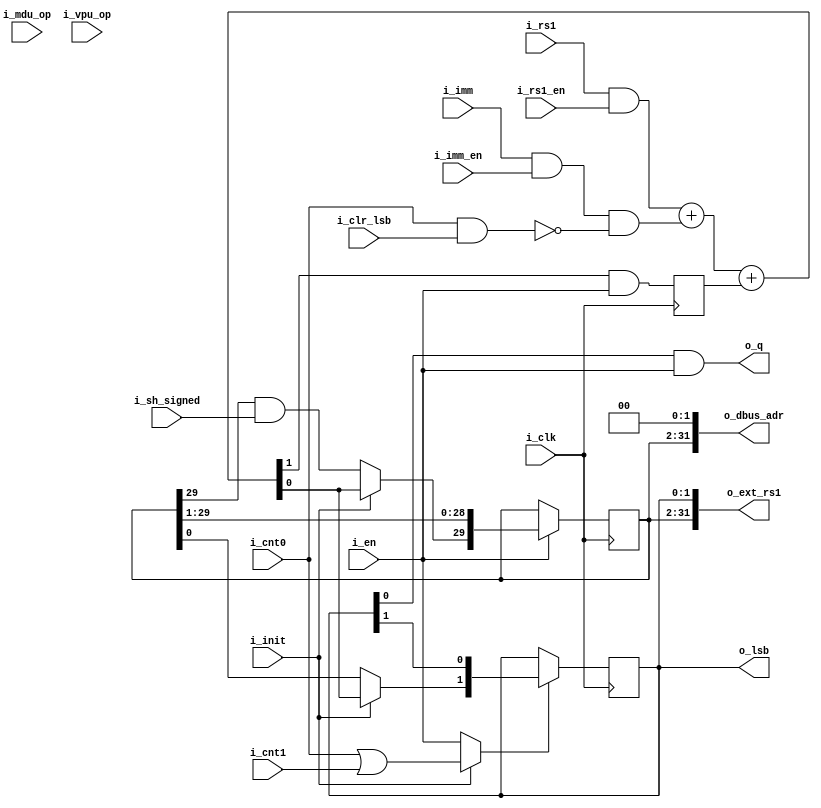
module serv_bufreg #(
      parameter [0:0] MDU = 0,
      parameter [0:0] VPU = 0
)(
   input wire 	      i_clk,
   //State
   input wire 	      i_cnt0,
   input wire 	      i_cnt1,
   input wire 	      i_en,
   input wire 	      i_init,
   input wire           i_mdu_op,
   input wire           i_vpu_op,
   output wire [1:0]    o_lsb,
   //Control
   input wire 	      i_rs1_en,
   input wire 	      i_imm_en,
   input wire 	      i_clr_lsb,
   input wire 	      i_sh_signed, 
   //Data
   input wire 	      i_rs1,
   input wire 	      i_imm,
   output wire 	      o_q,
   //External
   output wire [31:0] o_dbus_adr,
   //Extension
   output wire [31:0] o_ext_rs1);

   wire 	      c, q;
   reg 		      c_r;
   reg [31:2] 	      data;
   reg [1:0]            lsb;

   wire 	      clr_lsb = i_cnt0 & i_clr_lsb;

   assign {c,q} = {1'b0,(i_rs1 & i_rs1_en)} + {1'b0,(i_imm & i_imm_en & !clr_lsb)} + c_r;

   always @(posedge i_clk) begin
      //Make sure carry is cleared before loading new data
      c_r <= c & i_en;

      if (i_en)
	data <= {i_init ? q : (data[31] & i_sh_signed), data[31:3]};

      if (i_init ? (i_cnt0 | i_cnt1) : i_en)
	lsb <= {i_init ? q : data[2],lsb[1]};
   end

   assign o_q = lsb[0] & i_en;
   assign o_dbus_adr = {data, 2'b00};
   assign o_ext_rs1  = {o_dbus_adr[31:2],lsb};
   assign o_lsb = ((MDU & i_mdu_op) | (VPU & i_vpu_op)) ? 2'b00 : lsb;

endmodule